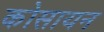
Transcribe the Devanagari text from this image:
कोसायन